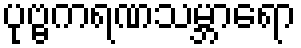
ပုဗ္ဗကရဏသမ္ဘာရော